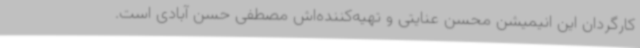
کارگردان این انیمیشن محسن عنایتی و تهیه‌کننده‌اش مصطفی حسن آبادی است.